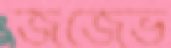
জর্জেভ